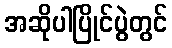
အဆိုပါပြိုင်ပွဲတွင်